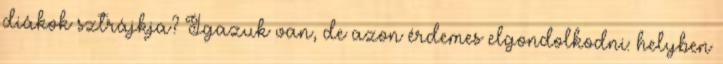
diákok sztrájkja? Igazuk van, de azon érdemes elgondolkodni: helyben